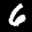
Label: 6